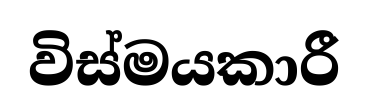
විස්මයකාරී